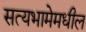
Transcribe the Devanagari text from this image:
सत्यभामेमधील